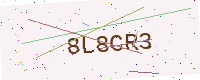
Text: 8L8CR3